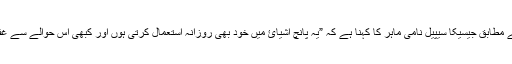
میل آن لائن کے مطابق جیسیکا سیپیل نامی ماہر کا کہنا ہے کہ ”یہ پانچ اشیائ میں خود بھی روزانہ استعمال کرتی ہوں اور کبھی اس حوالے سے غفلت نہیں کرتی۔